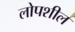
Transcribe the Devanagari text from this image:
लोपशील